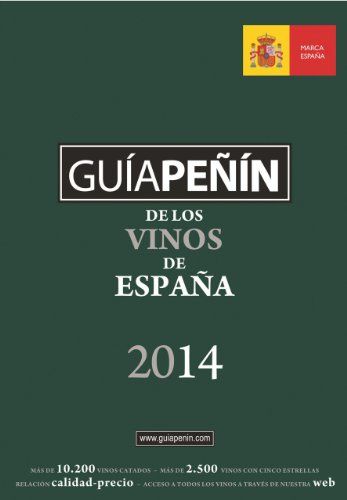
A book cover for GuÃ­a PeÃ±Ã­n de los Vinos EspaÃ±a 2014 (Castillian Edition); Cookbooks, Food & Wine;